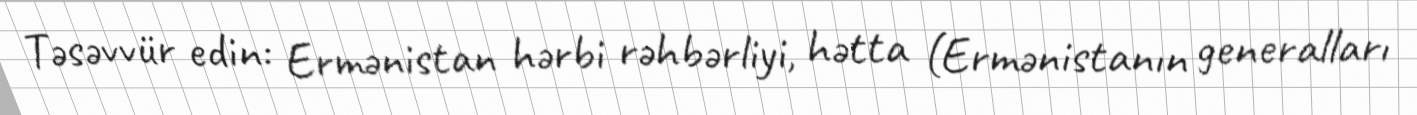
Təsəvvür edin: Ermənistan hərbi rəhbərliyi, hətta (Ermənistanın generalları